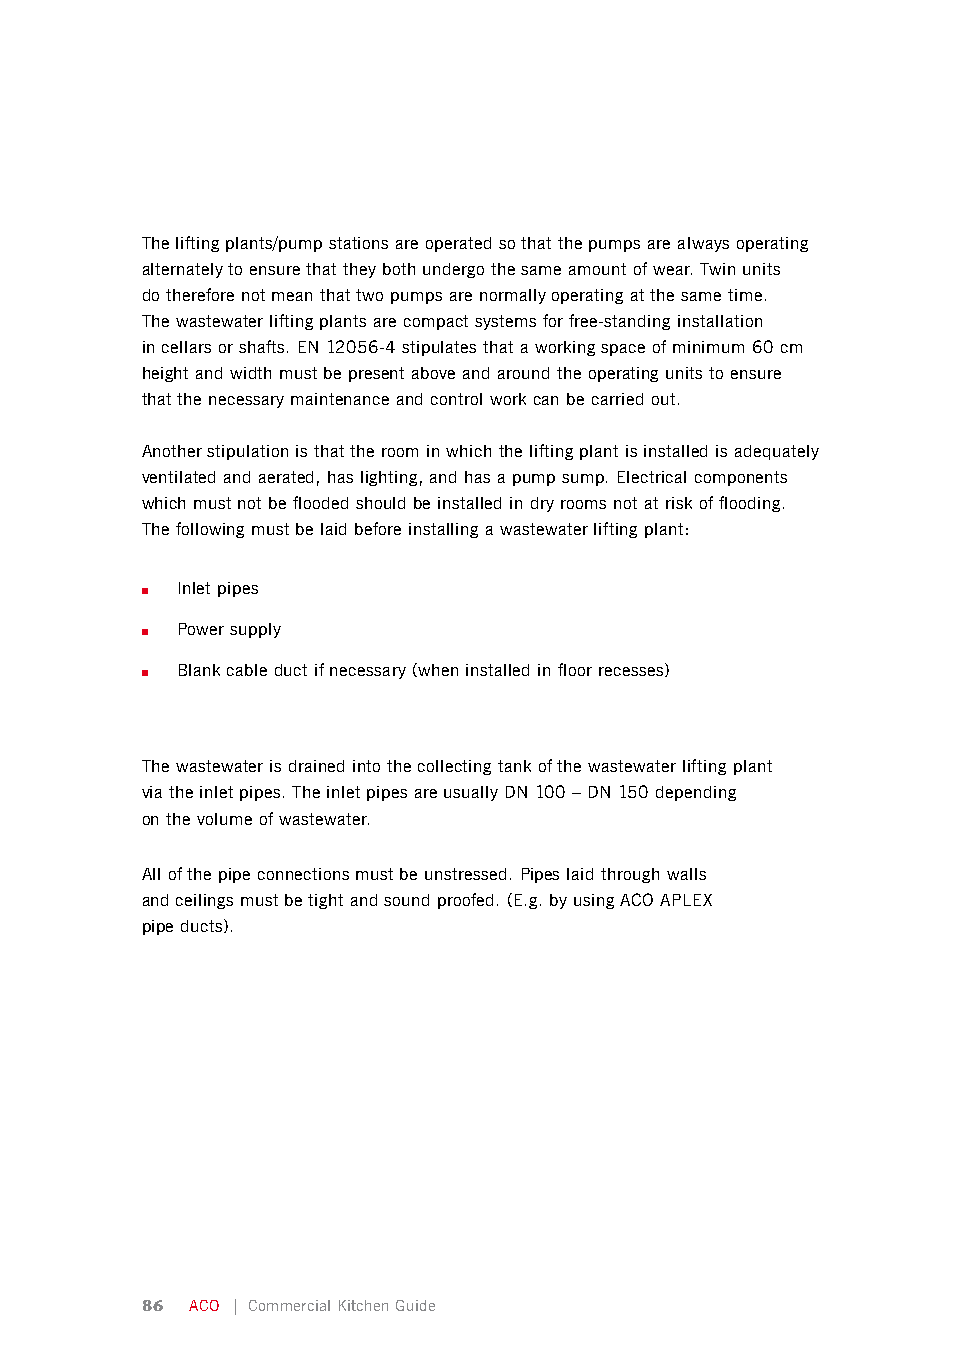
The lifting plants/pump stations are operated so that the pumps are always operating
 alternately to ensure that they both undergo the same amount of wear. Twin units
 do therefore not mean that two pumps are normally operating at the same time.
 The wastewater lifting plants are compact systems for free-standing installation
 in cellars or shafts. EN 12056-4 stipulates that a working space of minimum 60 cm
 height and width must be present above and around the operating units to ensure
 that the necessary maintenance and control work can be carried out.
 Another stipulation is that the room in which the lifting plant is installed is adequately
 ventilated and aerated, has lighting, and has a pump sump. Electrical components
 which must not be flooded should be installed in dry rooms not at risk of flooding.
 The following must be laid before installing a wastewater lifting plant:
 ■  Inlet pipes
 ■  Power supply
 ■  Blank cable duct if necessary (when installed in floor recesses)
 The wastewater is drained into the collecting tank of the wastewater lifting plant
 via the inlet pipes. The inlet pipes are usually DN 100 – DN 150 depending
 on the volume of wastewater.
 All of the pipe connections must be unstressed. Pipes laid through walls
 and ceilings must be tight and sound proofed. (E.g. by using ACO APLEX
 pipe ducts).
 86  ACO | Commercial Kitchen Guide